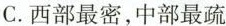
C.西部最密，中部最疏